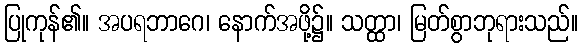
ပြုကုန်၏။ အပရဘာဂေ၊ နောက်အဖို့၌။ သတ္ထာ၊ မြတ်စွာဘုရားသည်။